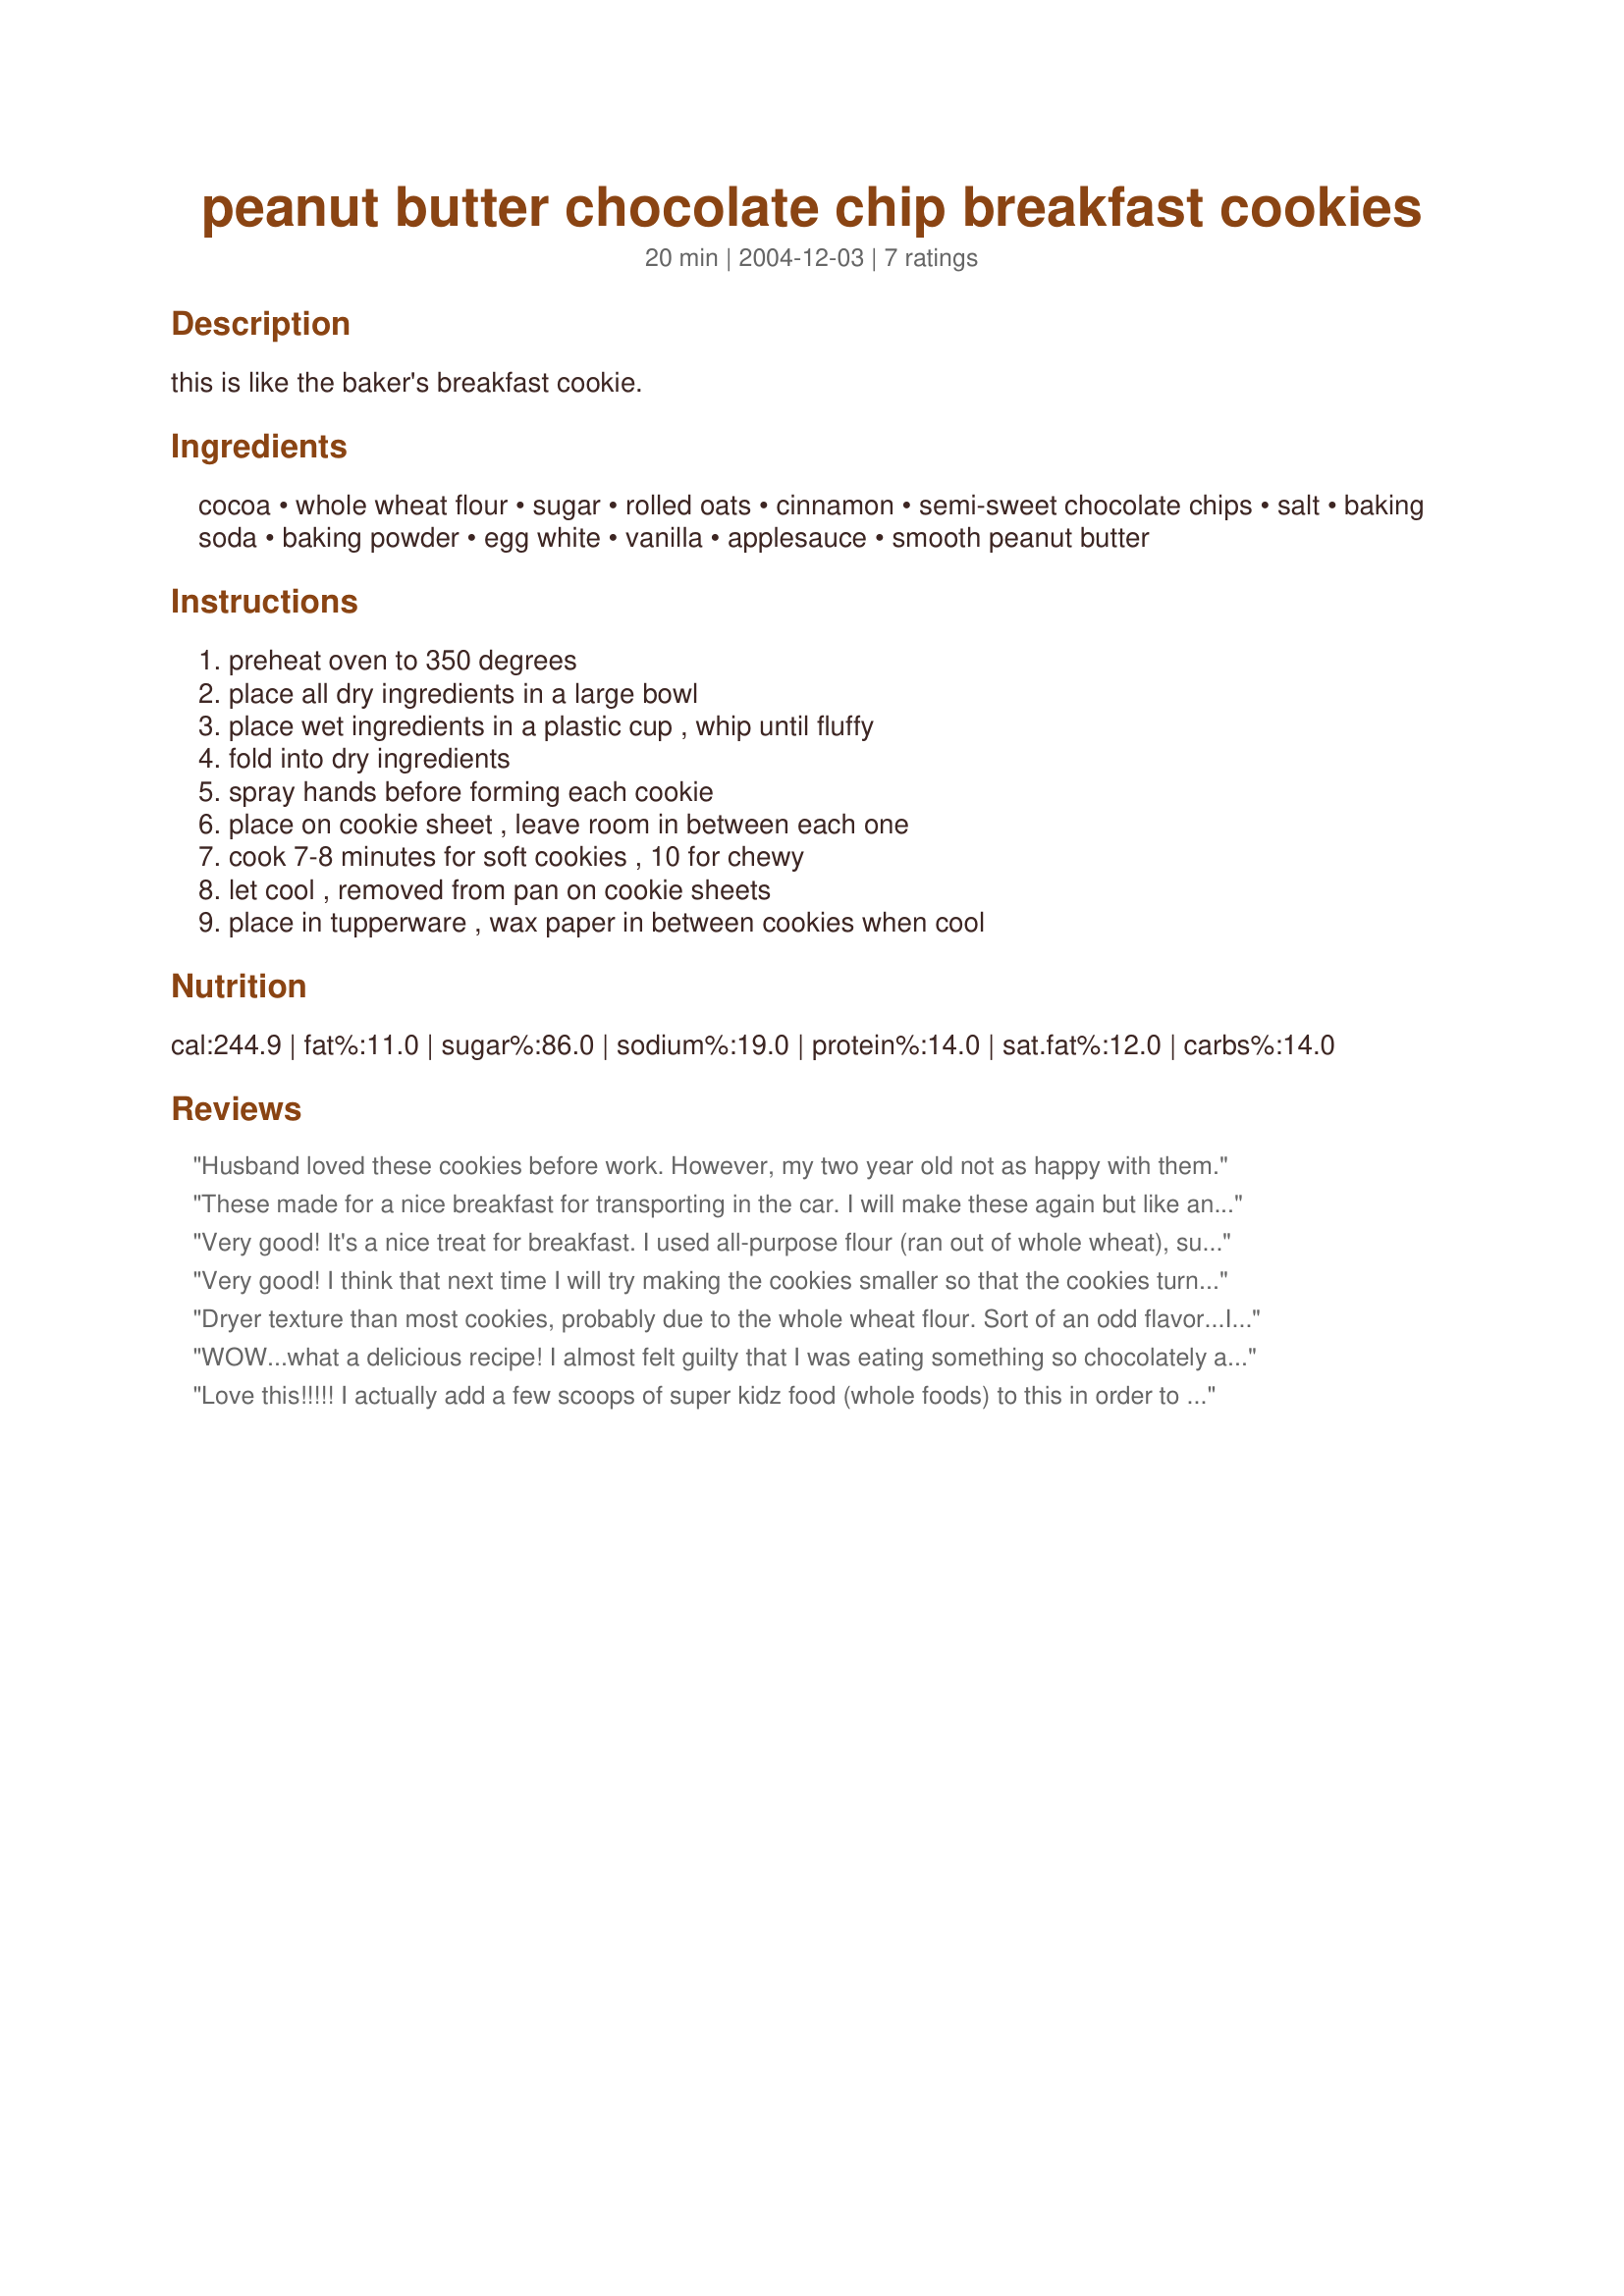
peanut butter chocolate chip breakfast cookies
Preparation time: 20 minutes

this is like the baker's breakfast cookie.

Ingredients:
cocoa, whole wheat flour, sugar, rolled oats, cinnamon, semi-sweet chocolate chips, salt, baking soda, baking powder, egg white, vanilla, applesauce, smooth peanut butter

Steps:
preheat oven to 350 degrees, place all dry ingredients in a large bowl, place wet ingredients in a plastic cup , whip until fluffy, fold into dry ingredients, spray hands before forming each cookie, place on cookie sheet , leave room in between each one, cook 7-8 minutes for soft cookies , 10 for chewy, let cool , removed from pan on cookie sheets, place in tupperware , wax paper in between cookies when cool

Reviews:
Husband loved these cookies before work. However, my two year old not as happy with them.
These made for a nice breakfast for transporting in the car. I will make these again but like another reviewer I will make them smaller. Made for Comfort Cafe - Winter 2010.
Very good! It's a nice treat for breakfast. I used all-purpose flour (ran out of whole wheat), substituted Splenda for the sugar, and used 3 Tb of applesauce and 3 Tb of peanut butter. I'll leave out the chocolate chips next time--the cookie was already very sweet and indulgent. I'll also make the cookies smaller like lissa suggested, the cookies were still a little doughy in the middle after 10 minutes of cooking. Will be making these again!
Very good! I think that next time I will try making the cookies smaller so that the cookies turn out crunchy.
Dryer texture than most cookies, probably due to the whole wheat flour. Sort of an odd flavor...I am guessing to the mixture of cocoa, cinnamon, and applesauce. Might make again.
WOW...what a delicious recipe! I almost felt guilty that I was eating something so chocolately and good for breakfast!!
I used all organic ingredients - and they turned out amazing! Will definitely make again..and again..and again..etc.!
Love this!!!!! I actually add a few scoops of super kidz food (whole foods) to this in order to give some veggies!!!!
